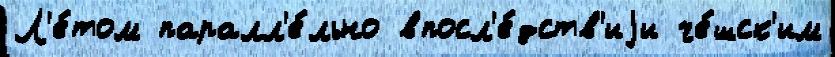
Л'е́том паралл'е́льно впосл'е́дств'иjи че́шск'им